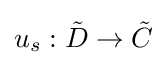
u_{s}:{\tilde {D}}\to {\tilde {C}}